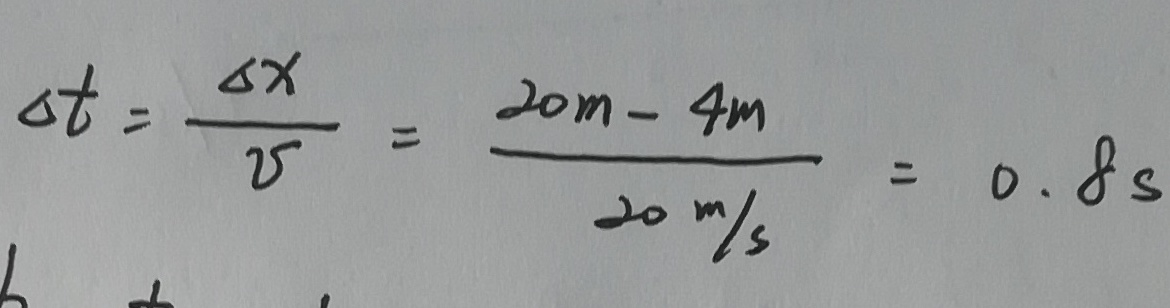
\Delta t = \frac { \Delta x } { v } = \frac { 2 0 m - 4 m } { 2 0 m / s } = 0 . 8 s